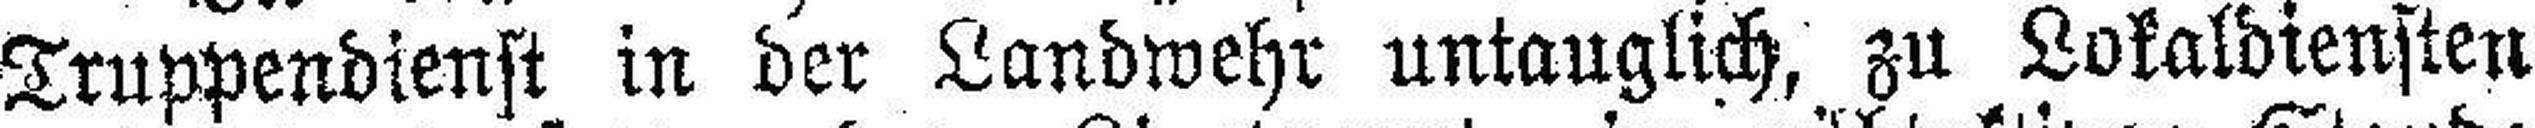
Truppendienst in der Landwehr untauglich, zu Lokaldiensten